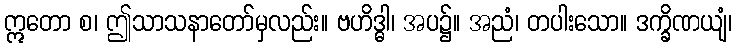
ဣတော စ၊ ဤသာသနာတော်မှလည်း။ ဗဟိဒ္ဓါ၊ အပ၌။ အညံ၊ တပါးသော။ ဒက္ခိဏယျံ၊